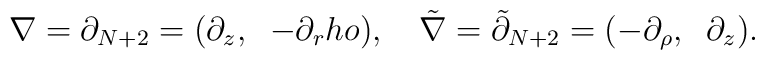
\nabla=\partial_{N+2}=(\partial_z,\;\;-\partial_rho),\quad{\tilde \nabla}={\tilde\partial}_{N+2}=(-\partial_\rho,\;\;\partial_z).